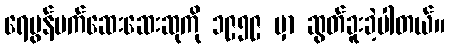
ရေမွန်မက်ဆေးဆေးဆုကို ၁၉၅၉ မှာ ဆွတ်ခူးခဲ့ပါတယ်။